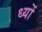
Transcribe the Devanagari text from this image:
ध्यों